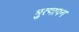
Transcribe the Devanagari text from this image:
भुत्यापन